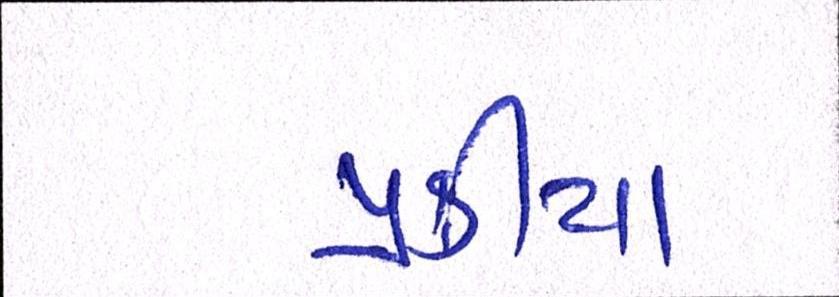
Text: પ્રક્રીયા